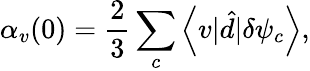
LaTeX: \alpha_{v}(0)=\frac{2}{3}\sum_{c}\left\langle v|\hat{d}|\delta\psi_{c}\right\rangle,